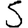
Digit: 5